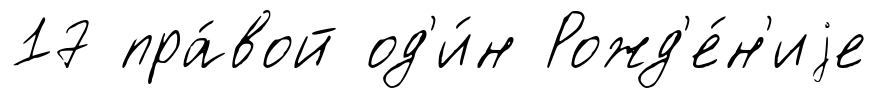
17 пра́вой од'и́н Рожд'е́н'иjе